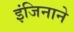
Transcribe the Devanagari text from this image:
इंजिनाने